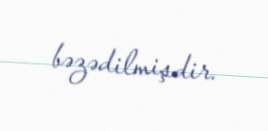
bəzədilmişdir.